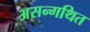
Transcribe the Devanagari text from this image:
असन्गथित